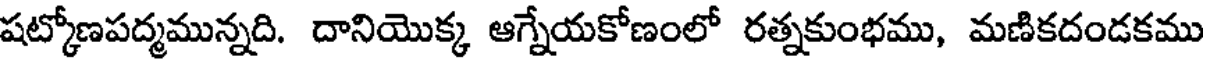
షట్కోణపద్మమున్నది. దానియొక్క ఆగ్నేయకోణంలో రత్నకుంభము, మణికదండకము